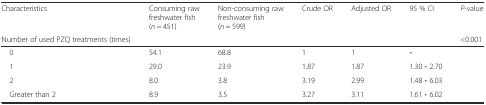
| Characteristics | Consuming raw freshwater fish (n = 451) | Non-consuming raw freshwater fish (n = 599) | Crude OR | Adjusted OR | 95 % CI | P-value |
 | Number of used PZQ treatments (times) |  |  |  |  |  | <0.001 |
 | --- | --- | --- | --- | --- | --- | --- |
 | 0 | 54.1 | 68.8 | 1 | 1 | - |  |
 | 1 | 29.0 | 23.9 | 1.87 | 1.87 | 1.30 - 2.70 |  |
 | 2 | 8.0 | 3.8 | 3.19 | 2.99 | 1.48 - 6.03 |  |
 | Greater than 2 | 8.9 | 3.5 | 3.27 | 3.11 | 1.61 - 6.02 |  |